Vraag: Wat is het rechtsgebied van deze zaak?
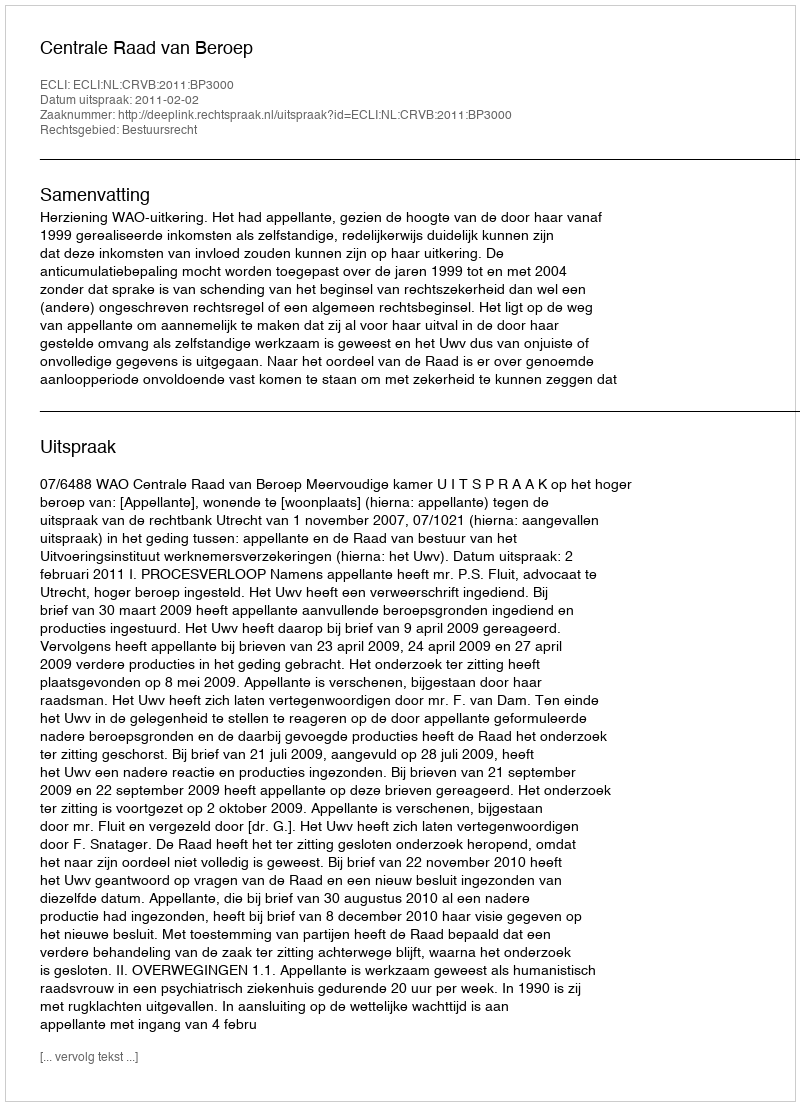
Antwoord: Bestuursrecht